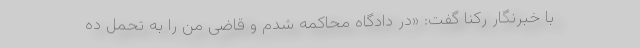
با خبرنگار رکنا گفت: «در دادگاه محاکمه شدم و قاضی من را به تحمل ده